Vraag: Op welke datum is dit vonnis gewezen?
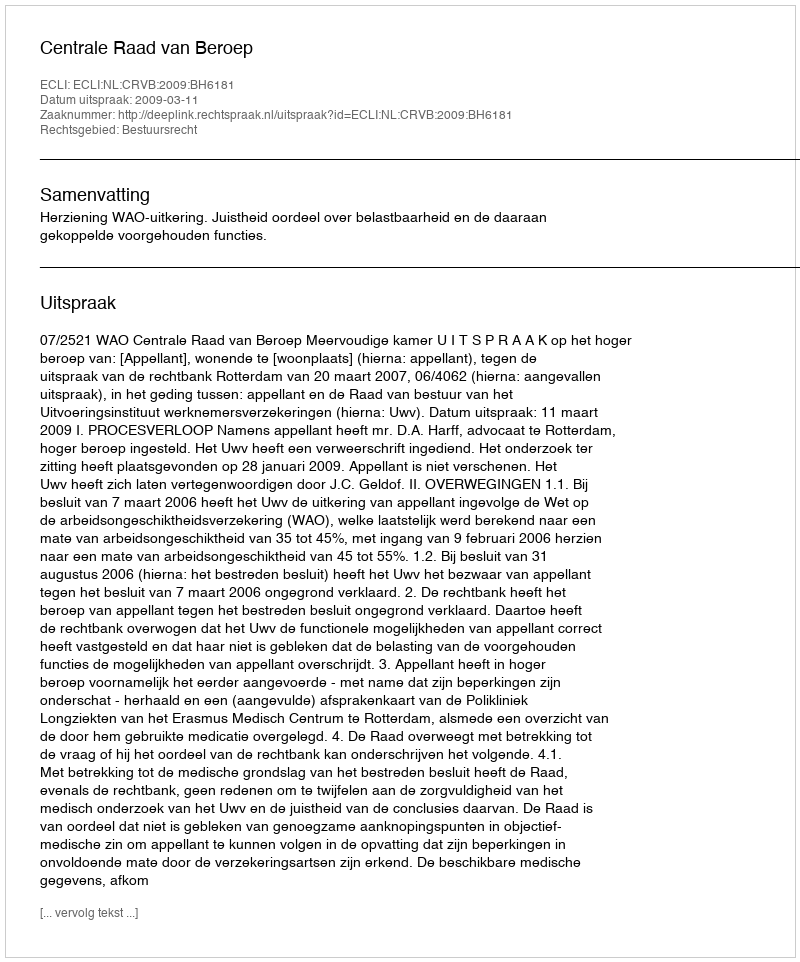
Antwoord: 2009-03-11